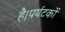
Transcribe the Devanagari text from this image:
है।पर्यटकों